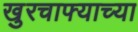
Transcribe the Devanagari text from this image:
खुरचाफ्याच्या